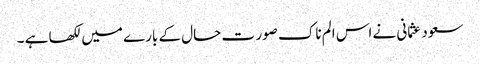
سعود عثمانی نے اس الم ناک صور ت حال کے بارے میں لکھا ہے ۔